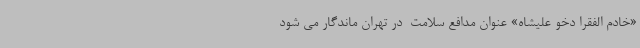
«خادم الفقرا دخو علیشاه» عنوان مدافع سلامت  در تهران ماندگار می شود